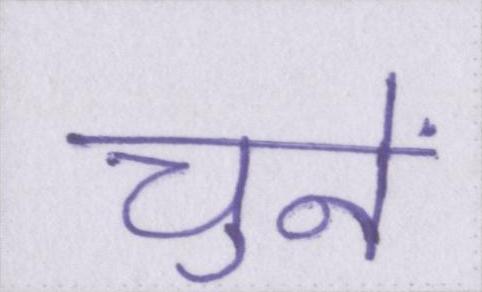
चुनें